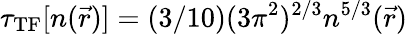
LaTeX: \tau_{\mathrm{TF}}[n(\vec{r})]=(3/10)(3\pi^{2})^{2/3}n^{5/3}(\vec{r})